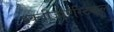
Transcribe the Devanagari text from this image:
इक्लीज़ीऐस्टिकल